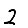
Digit: 2